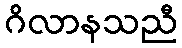
ဂိလာနသညီ